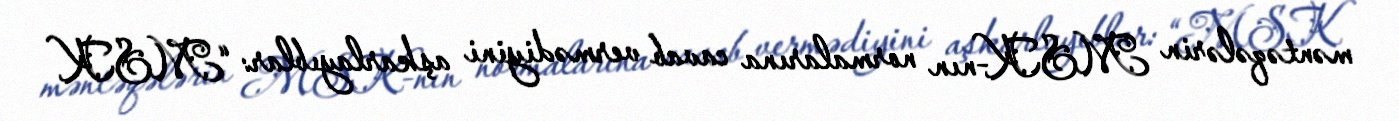
məntəqələrin MSK-nın normalarına cavab vermədiyini aşkarlayıblar: “MSK